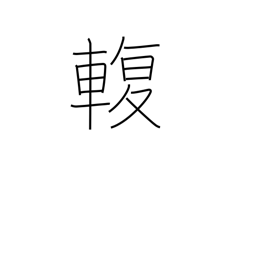
Meaning: connection between axle and carriage